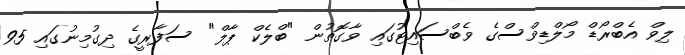
ލިވް އެބްރޯޑް މޯލްޑިވްސްގެ ވެބްސައިޓުގައި ވާގޮތުން "ބްލެކް ޕާލް" ސަފާރީގެ ދިގުމިނުގައި 95